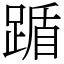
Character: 踲